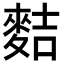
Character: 𪌧